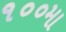
૧૦૦મા